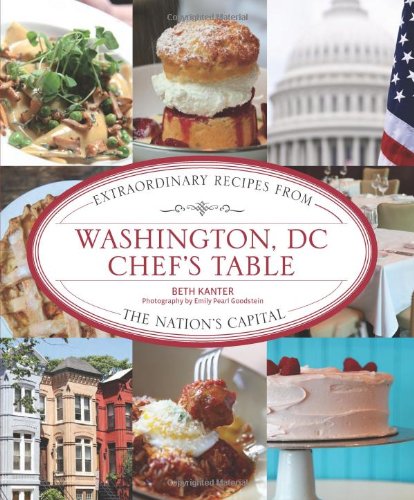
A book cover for Washington, DC Chef's Table: Extraordinary Recipes From The Nation's Capital; Beth Kanter; Cookbooks, Food & Wine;